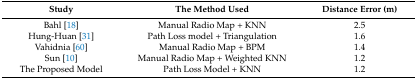
| Study | The Method Used | Distance Error (m) |
 | --- | --- | --- |
 | Bahl [18] | Manual Radio Map + KNN | 2.5 |
 | Hung-Huan [31] | Path Loss model + Triangulation | 1.6 |
 | Vahidnia [60] | Manual Radio Map + BPM | 1.4 |
 | Sun [10] | Manual Radio Map + Weighted KNN | 1.2 |
 | The Proposed Model | Path Loss Model + KNN | 1.2 |